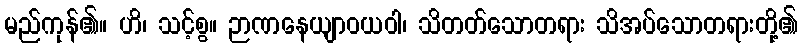
မည်ကုန်၏။ ဟိ၊ သင့်စွ။ ဉာဏနေယျာဝယဝါ၊ သိတတ်သောတရား သိအပ်သောတရားတို့၏